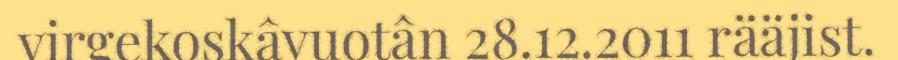
virgekoskâvuotân 28.12.2011 rääjist.